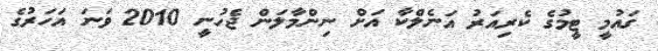
ގައުމީ ޓީމުގެ ކެރިއަރު އަނެލްކާ އަށް ނިންމާލަން ޖެހުނީ 2010 ވަނަ އަހަރުގެ